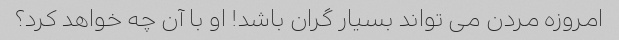
امروزه مردن می تواند بسیار گران باشد! او با آن چه خواهد کرد؟